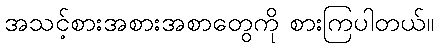
အသင့်စားအစားအစာတွေကို စားကြပါတယ်။